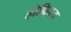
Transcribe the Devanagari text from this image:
होल्लिदय